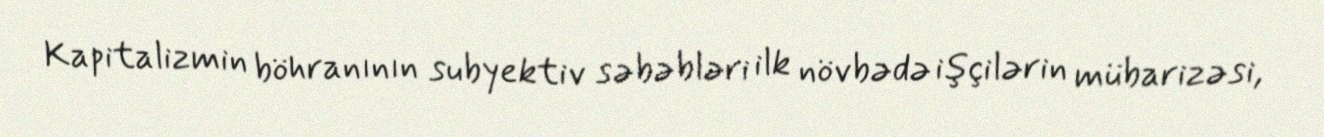
Kapitalizmin böhranının subyektiv səbəbləri ilk növbədə işçilərin mübarizəsi,